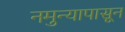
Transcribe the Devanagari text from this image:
नमुन्यापासून